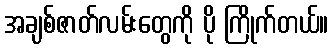
အချစ်ဇာတ်လမ်းတွေကို ပို ကြိုက်တယ်။